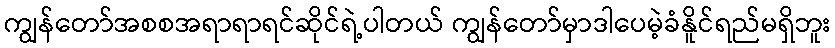
ကျွန်တော်အစစအရာရာရင်ဆိုင်ရဲ့ပါတယ် ကျွန်တော်မှာဒါပေမဲ့ခံနိူင်ရည်မရှိဘူး